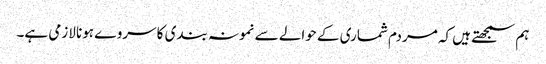
ہم سمجھتے ہیں کہ مردم شماری کے حوالے سے نمونہ بندی کا سروے ہونا لازمی ہے۔